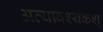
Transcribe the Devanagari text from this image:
अत्यावश्यकश्